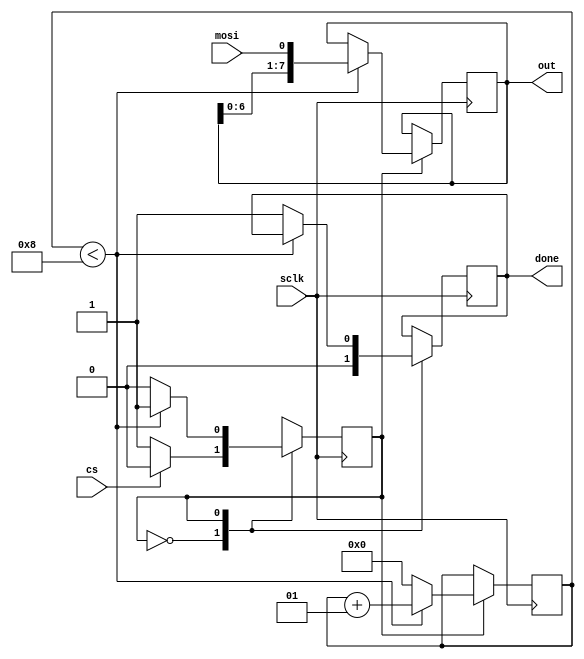
`timescale 1ns / 1ps
//////////////////////////////////////////////////////////////////////////////////
// Company: 
// Engineer: 
// 
// Design Name: 
// Module Name: spi_slave
// Project Name: 
// Target Devices: 
// Tool Versions: 
// Description: 
// 
// Dependencies: 
// 
// Revision:
// Revision 0.01 - File Created
// Additional Comments:
// 
//////////////////////////////////////////////////////////////////////////////////

//slave
module spi_slave(input sclk,mosi,cs,
output [7:0] out,
output reg done);

integer count = 0;
parameter idle = 1'b0;
parameter transaction = 1'b1;

reg state;
reg [7:0] data = 0;

always@(negedge sclk)
begin
case(state)
idle:
begin
done <= 1'b0;

if (cs == 1'b0)
state <= transaction;
else
state <= idle;
end
transaction:
begin
if(count < 8)
begin
count <= count+1;
data <= { data[6:0],mosi };
state <= transaction;
end
else 
begin
count <= 1'b0;
state <= idle;
done <= 1'b1;
end
end

default :
state <= idle;
endcase
end

assign out = data;
endmodule